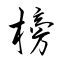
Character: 榜